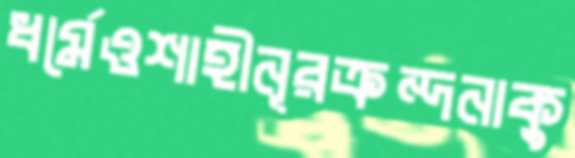
ধর্মেওশাহীনূরক্রন্দনাকু